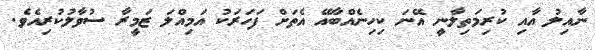
ނާއިލު އާއި ކުރިމަތިލާނީ އޭނަ ކިހިނެއްބާއޭ އެތަށް ފަހަރަކު އަމިއްލަ ޒަމީރާ ސުވާލުކުރިއެވެ.